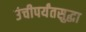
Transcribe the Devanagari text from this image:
उंचीपर्यंतसुद्धा